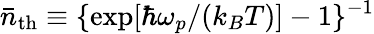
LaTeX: {\bar{n}}_{\mathrm{th}}\equiv\{ \exp[\hbar\omega_{p}/(k_{B}T)]-1\} ^{-1}